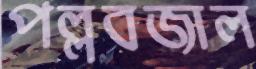
পল্লবজাল